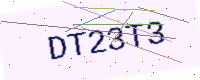
Text: DT23T3